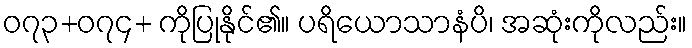
၀၇၃+၀၇၄+ ကိုပြုနိုင်၏။ ပရိယောသာနံပိ၊ အဆုံးကိုလည်း။